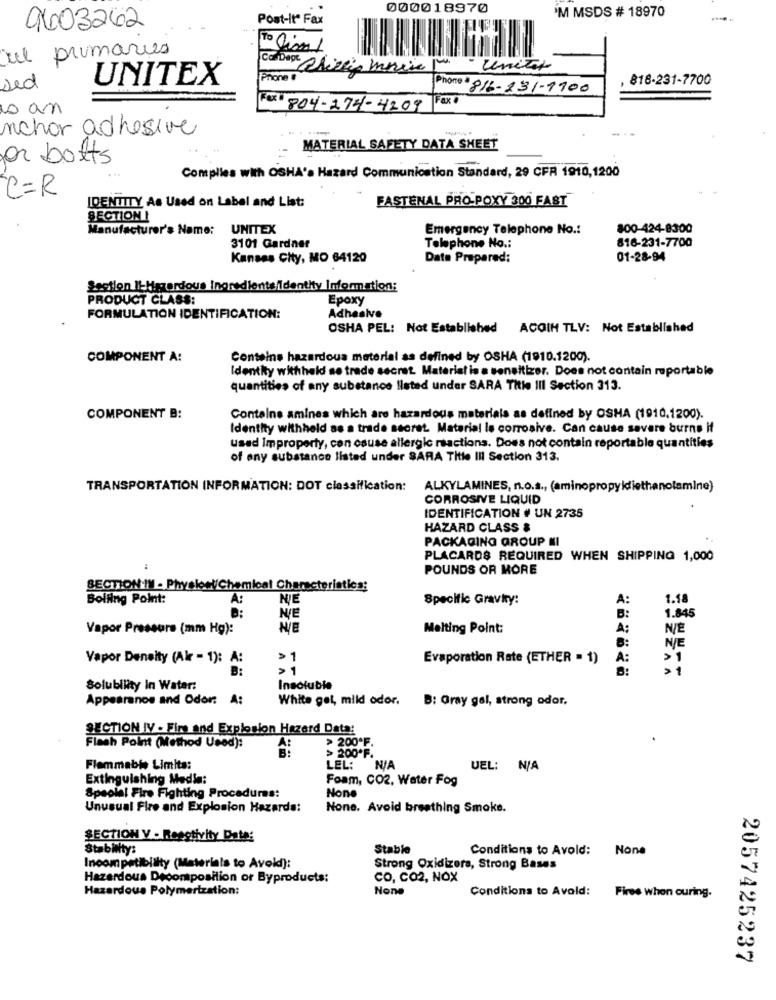
000018970
'M MSDS # 18970
Post-It" Fax
94003262
ul primaries
To Cion 1
unitor
UNITEX
Phone
816-231-7700
sed
Phone # 816-231-1100
s an
FOX 804-274-4209 Fax
nchor adhesive
MATERIAL SAFETY DATA SHEET
for botts
Complies with OSHA's Hazard Communication Standard, 29 CFR 1910,1200
C=R
FASTENAL PRO POXY 300 FAST
IDENTITY As Used on Label and List:
SECTION I
Manufacturer's Name:
UNITEX
Emergency Telephone No .:
800-424-8300
816-231-7700
3101 Gardner
Telephone No .:
Kansas City, MO 64120
Date Prepared:
01-28-94
Lection ILHazardous Ingredientsidentity Information:
PRODUCT CLASS:
Epoxy
FORMULATION IDENTIFICATION:
Adhesive
OSHA PEL: Not Established ACOIH TLV: Not Established
COMPONENT A:
Contains hazardous material as defined by OSHA (1910.1200).
Identity withheld ao trade secret. Material is a sensitizer. Does not contain reportable
quantities of any substance Ilated under SARA Title Ill Section 313.
COMPONENT B:
Contains amines which are hazardous materials as defined by OSHA (1910.1200).
Identity withheld as a trade secret. Material le corrosive. Can cause savere burns if
used Improperty, con csuse allergic reactions. Does not contain reportable quantities
of any substance listed under SARA Title Ill Section 313.
TRANSPORTATION INFORMATION: DOT classification:
ALKYLAMINES, n.o.s ., (aminopropyldiethanolamine)
CORROSIVE LIQUID
IDENTIFICATION # UN 2735
HAZARD CLASS &
PACKAGING GROUP NI
PLACARDS REQUIRED WHEN SHIPPING 1,000
POUNDS OR MORE
SECTION IN - PhysleelChemical Characteristics;
Boiling Point:
A:
NIE
Specific Gravity:
A:
1.18
B:
1.845
NIE
B:
Vapor Pressure (mm Hg):
Melting Point:
A:
N/E
B:
N/E
Vapor Deneity (Air - 1): A:
>1
Evaporation Rate (ETHER . 1)
A:
B:
Solubility in Water:
Insoluble
Appearanos and Odor: A:
White get, mild odor.
B: Gray gal, strong odor,
SECTION IV . Fire and Explosion Hazard Data:
> 200*F.
Flash Point (Method Used):
> 200*F.
Flammable Limita:
LEL:
UEL: N/A
Extinguishing Media:
Foam, CO2, Water Fog
Speola! Fire Fighting Procedures:
Unusual Fire and Explosion Hazards:
None. Avoid breathing Smoke.
SECTION V - Reactivity Date:
Stability:
Stable
Conditions to Avold: None
Incompatibility (Materials to Avoid]:
Strong Oxidizers, Strong Bases
Hazardous Decomposition or Byproducts:
CO, Co2, NOX
Hazardous Polymerization:
Conditions to Avoid: Fires when ouring.
2057425237